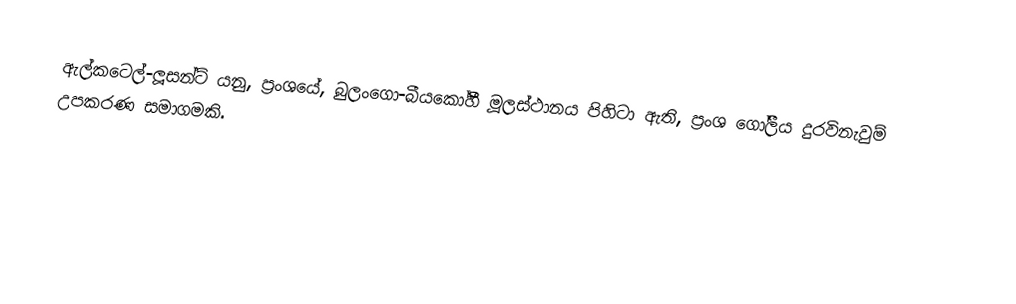
ඇල්කටෙල්-ලූසන්ට් යනු, ප්‍රංශයේ, බුලංගො-බීයකෝහී මූලස්ථානය පිහිටා ඇති, ප්‍රංශ ගෝලීය දුරවිනැවුම් උපකරණ සමාගමකි.